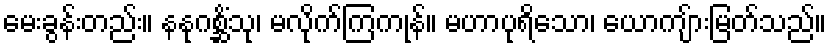
မေးခွန်းတည်း။ နနုဂစ္ဆိံသု၊ မလိုက်ကြကုန်။ မဟာပုရိသော၊ ယောကျ်ားမြတ်သည်။